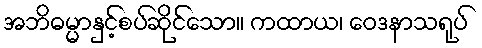
အဘိဓမ္မာနှင့်စပ်ဆိုင်သော။ ကထာယ၊ ဝေဒနာသရုပ်